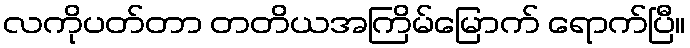
လကိုပတ်တာ တတိယအကြိမ်မြောက် ရောက်ပြီ။